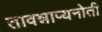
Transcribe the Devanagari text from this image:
तावन्नाप्यनोती